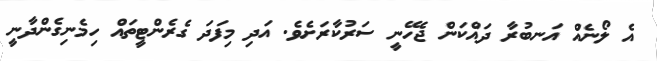
އެ ލޯނެއް އަނބުރާ ދައްކަން ޖެހޭނީ ސަރުކާރަށެވެ. އަދި މިފަދަ ގެރެންޓީތައް ހިމެނިގެންދާނީ